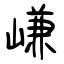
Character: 嵰